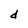
Character: d